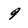
Character: 9